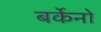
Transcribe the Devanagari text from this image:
बर्केनो